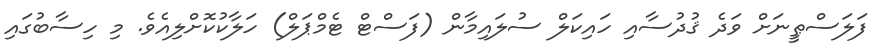
ފަލަސްޠީނަށް ވަދެ ޤުދުސާއި ހައިކަލް ސުލައިމާން (ފަސްޓް ޓެމްޕަލް) ހަލާކުކޮށްލިއެވެ. މި ހިސާބުގައި